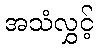
အသံလွှင့်